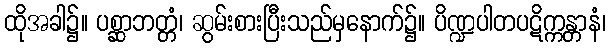
ထိုအခါ၌။ ပစ္ဆာဘတ္တံ၊ ဆွမ်းစားပြီးသည်မှနောက်၌။ ပိဏ္ဍပါတပဋိက္ကန္တာနံ၊